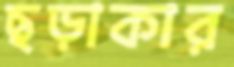
ছড়াকার